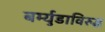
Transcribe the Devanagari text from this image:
बर्म्युडाविरुद्ध